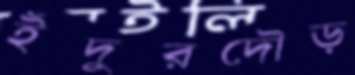
ইঁদুরদৌড়